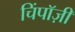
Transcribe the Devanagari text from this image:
चिंपाॅज़ी